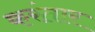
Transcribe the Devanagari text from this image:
करंतार